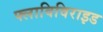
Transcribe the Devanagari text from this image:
फ्लाविविराइड